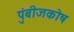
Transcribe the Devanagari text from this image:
पुंबीजकोष